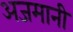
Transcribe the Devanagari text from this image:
अजमानी